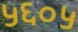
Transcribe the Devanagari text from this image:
५६०५